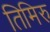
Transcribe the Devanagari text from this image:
तिमिरु